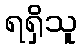
ရရှိသူ